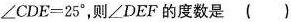
$$∠ C D E =2 5 °$$，则∠DEF的度数是 ( )